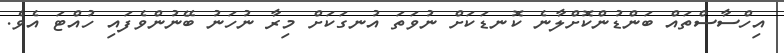
އިހްސާސްތައް ބަންޑުންކޮށްލާނެ ކޮނޑަކަށް ނުވަތަ އުނގަކަށް މިރާ ނުހަނު ބޭނުންވެފައި ހުއްޓަ އެވެ.